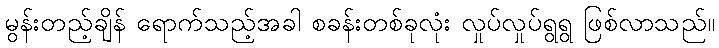
မွန်းတည့်ချိန် ရောက်သည့်အခါ စခန်းတစ်ခုလုံး လှုပ်လှုပ်ရွရွ ဖြစ်လာသည်။